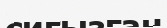
сиғызған